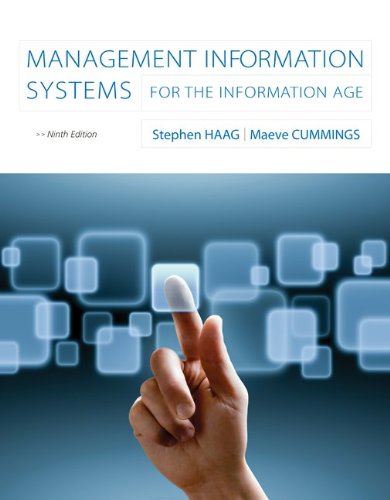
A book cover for Management Information Systems for the Information Age; Stephen Haag; Computers & Technology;